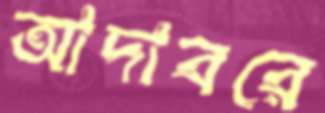
আদাবরে